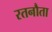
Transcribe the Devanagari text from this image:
रतनौता